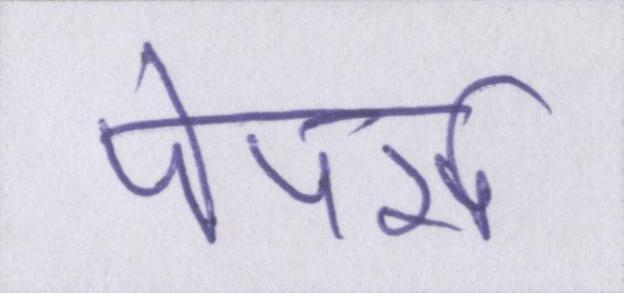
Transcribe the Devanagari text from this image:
पेपर्स